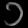
Digit: ၁